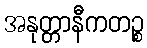
အနုတ္တာနီကတဉ္စ